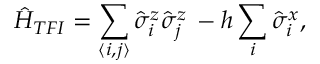
\hat { H } _ { T F I } = \sum _ { \langle i , j \rangle } \hat { \sigma } _ { i } ^ { z } \hat { \sigma } _ { j } ^ { z } \, - h \sum _ { i } \hat { \sigma } _ { i } ^ { x } ,